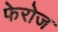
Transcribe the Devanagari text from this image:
फेरोज